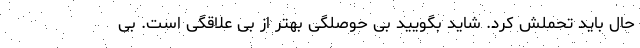
حال باید تحملش کرد. شاید بگویید بی حوصلگی بهتر از بی علاقگی است. بی